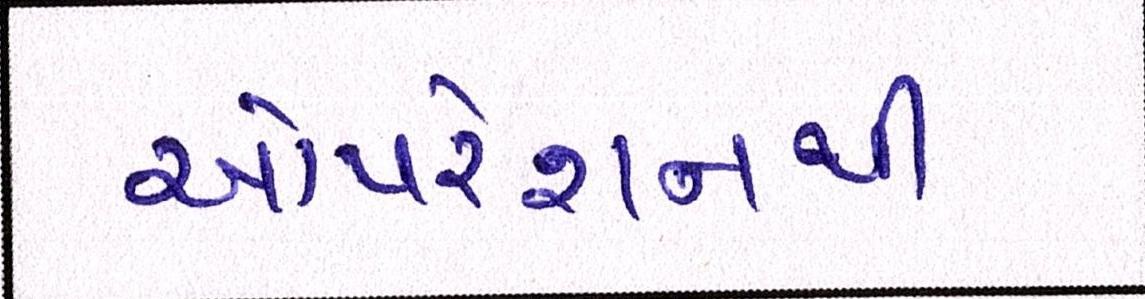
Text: ઓપરેશનથી